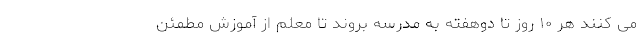
می کنند هر ۱۰ روز تا دوهفته به مدرسه بروند تا معلم از آموزش مطمئن